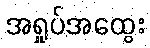
အရှုပ်အထွေး